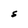
Character: S